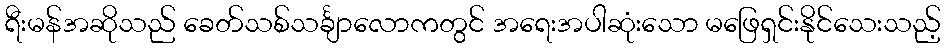
ရီးမန်အဆိုသည် ခေတ်သစ်သင်္ချာလောကတွင် အရေးအပါဆုံးသော မဖြေရှင်းနိုင်သေးသည့်